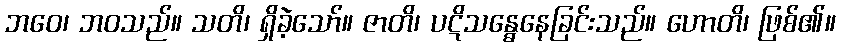
ဘဝေ၊ ဘဝသည်။ သတိ၊ ရှိခဲ့သော်။ ဇာတိ၊ ပဋိသန္ဓေနေခြင်းသည်။ ဟောတိ၊ ဖြစ်၏။